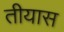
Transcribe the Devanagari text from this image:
तीयास